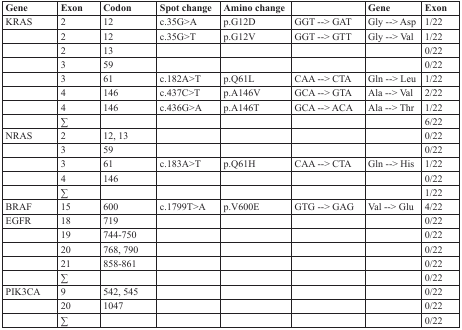
<table><thead><tr><td><b>Gene</b></td><td><b>Exon</b></td><td><b>Codon</b></td><td><b>Spot change</b></td><td><b>Amino change</b></td><td></td><td><b>Gene</b></td><td><b>Exon</b></td></tr></thead><tbody><tr><td>KRAS</td><td>2</td><td>12</td><td>c.35G&gt;A</td><td>p.G12D</td><td>GGT --&gt; GAT</td><td>Gly --&gt; Asp</td><td>1/22</td></tr><tr><td></td><td>2</td><td>12</td><td>c.35G&gt;T</td><td>p.G12V</td><td>GGT --&gt; GTT</td><td>Gly --&gt; Val</td><td>1/22</td></tr><tr><td></td><td>2</td><td>13</td><td></td><td></td><td></td><td></td><td>0/22</td></tr><tr><td></td><td>3</td><td>59</td><td></td><td></td><td></td><td></td><td>0/22</td></tr><tr><td></td><td>3</td><td>61</td><td>c.182A&gt;T</td><td>p.Q61L</td><td>CAA --&gt; CTA</td><td>Gln --&gt; Leu</td><td>1/22</td></tr><tr><td></td><td>4</td><td>146</td><td>c.437C&gt;T</td><td>p.A146V</td><td>GCA --&gt; GTA</td><td>Ala --&gt; Val</td><td>2/22</td></tr><tr><td></td><td>4</td><td>146</td><td>c.436G&gt;A</td><td>p.A146T</td><td>GCA --&gt; ACA</td><td>Ala --&gt; Thr</td><td>1/22</td></tr><tr><td></td><td>∑</td><td></td><td></td><td></td><td></td><td></td><td>6/22</td></tr><tr><td>NRAS</td><td>2</td><td>12, 13</td><td></td><td></td><td></td><td></td><td>0/22</td></tr><tr><td></td><td>3</td><td>59</td><td></td><td></td><td></td><td></td><td>0/22</td></tr><tr><td></td><td>3</td><td>61</td><td>c.183A&gt;T</td><td>p.Q61H</td><td>CAA --&gt; CTA</td><td>Gln --&gt; His</td><td>1/22</td></tr><tr><td></td><td>4</td><td>146</td><td></td><td></td><td></td><td></td><td>0/22</td></tr><tr><td></td><td>∑</td><td></td><td></td><td></td><td></td><td></td><td>1/22</td></tr><tr><td>BRAF</td><td>15</td><td>600</td><td>c.1799T&gt;A</td><td>p.V600E</td><td>GTG --&gt; GAG</td><td>Val --&gt; Glu</td><td>4/22</td></tr><tr><td>EGFR</td><td>18</td><td>719</td><td></td><td></td><td></td><td></td><td>0/22</td></tr><tr><td></td><td>19</td><td>744-750</td><td></td><td></td><td></td><td></td><td>0/22</td></tr><tr><td></td><td>20</td><td>768, 790</td><td></td><td></td><td></td><td></td><td>0/22</td></tr><tr><td></td><td>21</td><td>858-861</td><td></td><td></td><td></td><td></td><td>0/22</td></tr><tr><td></td><td>∑</td><td></td><td></td><td></td><td></td><td></td><td>0/22</td></tr><tr><td>PIK3CA</td><td>9</td><td>542, 545</td><td></td><td></td><td></td><td></td><td>0/22</td></tr><tr><td></td><td>20</td><td>1047</td><td></td><td></td><td></td><td></td><td>0/22</td></tr><tr><td></td><td>∑</td><td></td><td></td><td></td><td></td><td></td><td>0/22</td></tr></tbody></table>